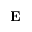
\mathbf { E }